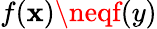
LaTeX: f\! \left(\mathbf{x}\right)\neqf\! \left(y\right)